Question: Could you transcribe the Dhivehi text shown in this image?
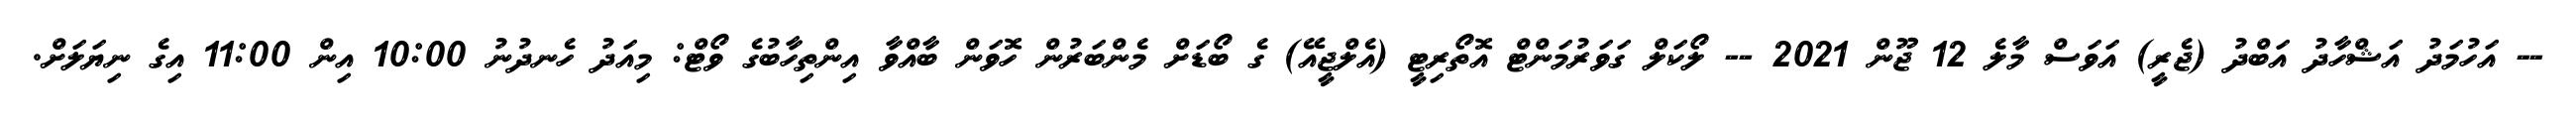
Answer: -- އަހުމަދު އަޝްހާދު އަބްދު (ޖެރީ) އަވަސް މާލެ 12 ޖޫން 2021 -- ލޯކަލް ގަވަރުމަންޓް އޮތޯރިޓީ (އެލްޖީއޭ) ގެ ބޯޑަށް މެންބަރުން ހޮވަން ބާއްވާ އިންތިހާބުގެ ވޯޓް: މިއަދު ހެނދުނު 10:00 އިން 11:00 އިގެ ނިޔަލަށް.